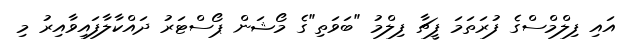
އައި ފިލްމްސްގެ ފުރަތަމަ ފީޗާ ފިލްމު "ބަވަތި"ގެ މޯޝަން ޕޯސްޓަރު ދައްކާލާފައިވާއިރު މި